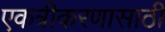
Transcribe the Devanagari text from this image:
एकत्रीकरणासाठी